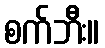
စက်ဘီး။